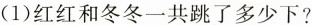
(1)红红和冬冬一共跳了多少下?